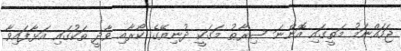
ޖަހައްނަމު މަތީގައި އޮންނަ ޞިރާޠު މަގަކީ ދުނިޔޭގެ ކޯރާއި ވާދީ ތަކުގައި އަޅާފައިވާ